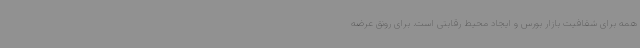
همه برای شفافیت بازار بورس و ایجاد محیط رقابتی است. برای رونق عرضه